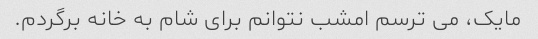
مایک، می ترسم امشب نتوانم برای شام به خانه برگردم.